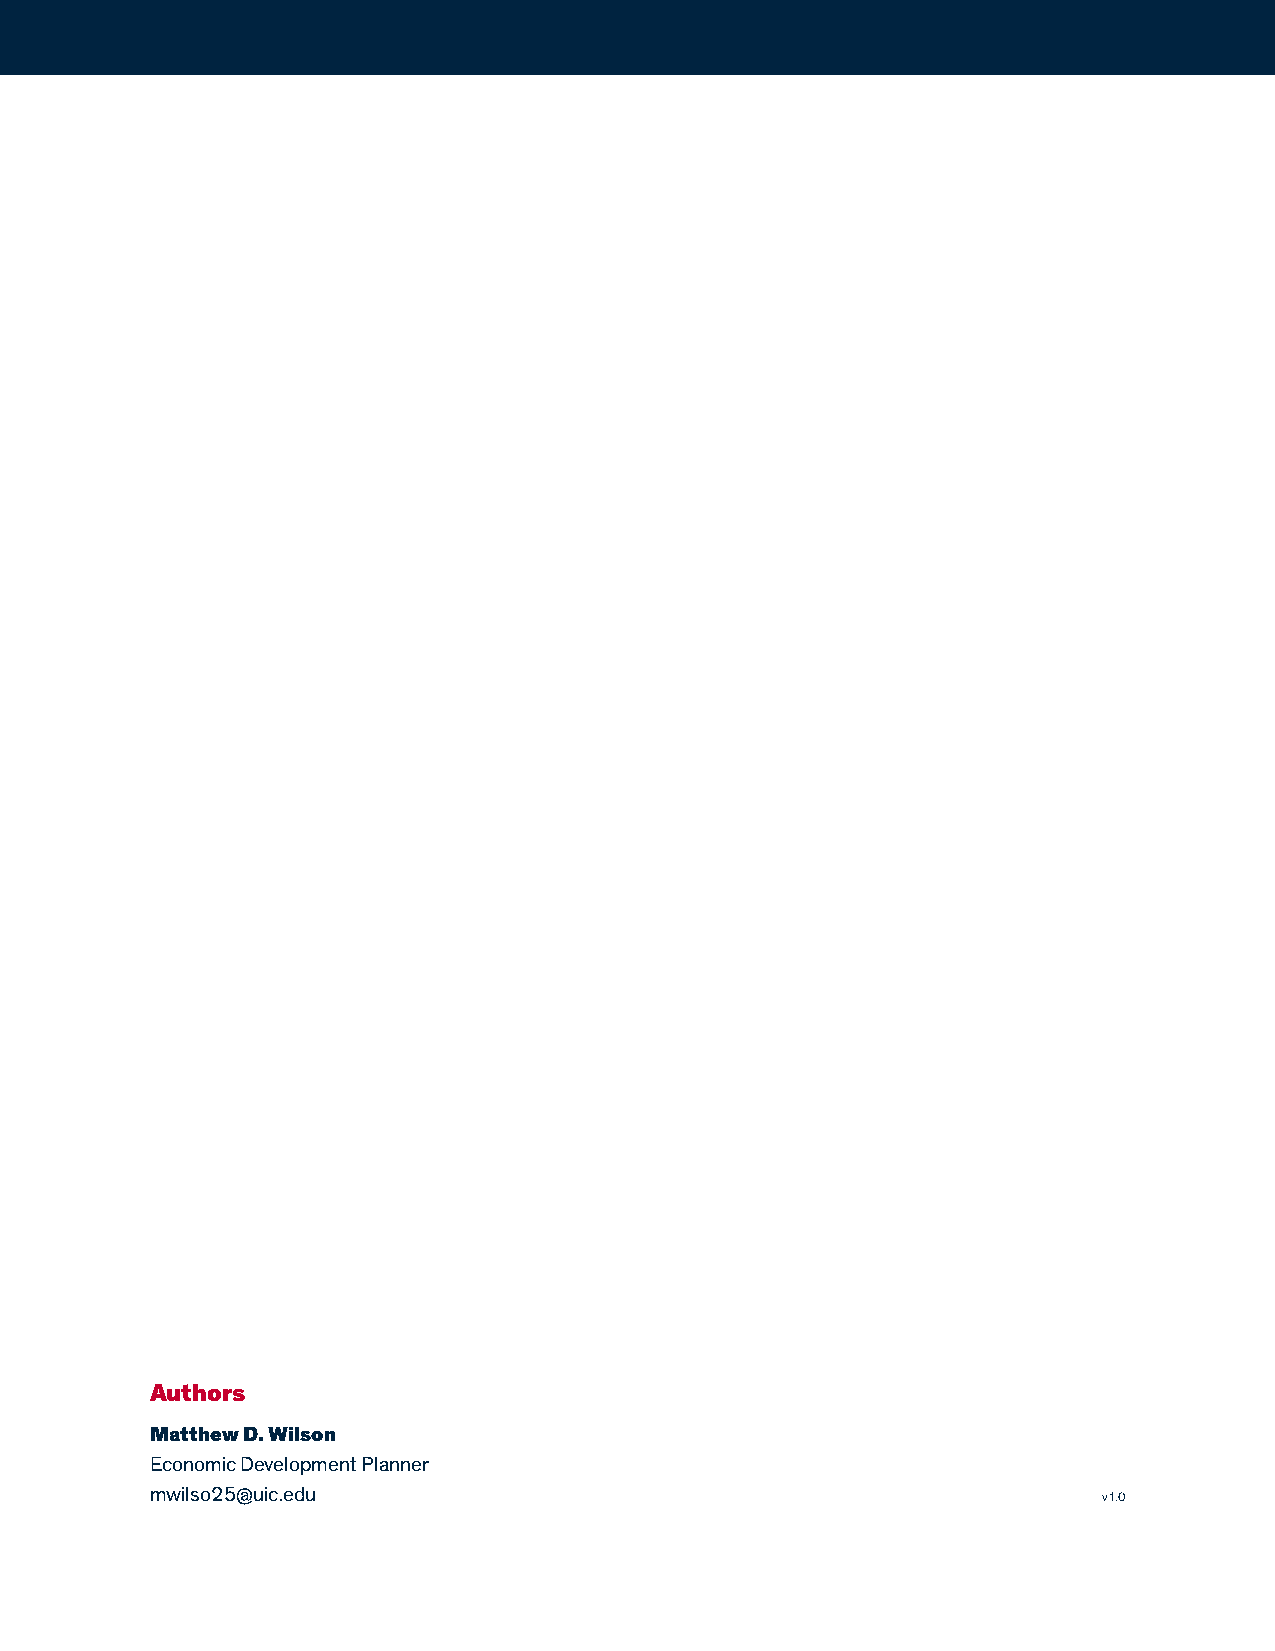
Authors
 Matthew D. Wilson
 Economic Development Planner
 mwilso25@uic.edu                                               v1.0